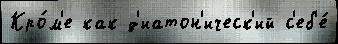
Кро́м'е как д'иатон'ическ'ий с'еб'е́